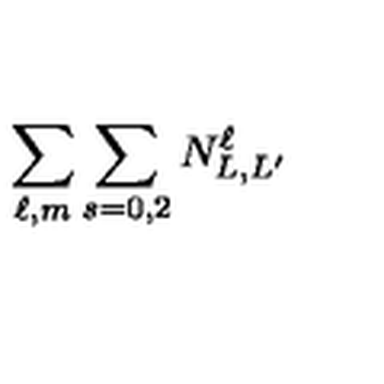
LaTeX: \sum _ { \ell , m } \sum _ { s = 0 , 2 } N _ { L , L ^ { \prime } } ^ { \ell }